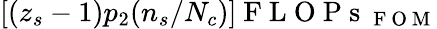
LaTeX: [(z_{s}-1)p_{2}(n_{s}/N_{c})]\mathrm{~F~L~O~P~s~}_{\mathrm{~F~O~M~}}